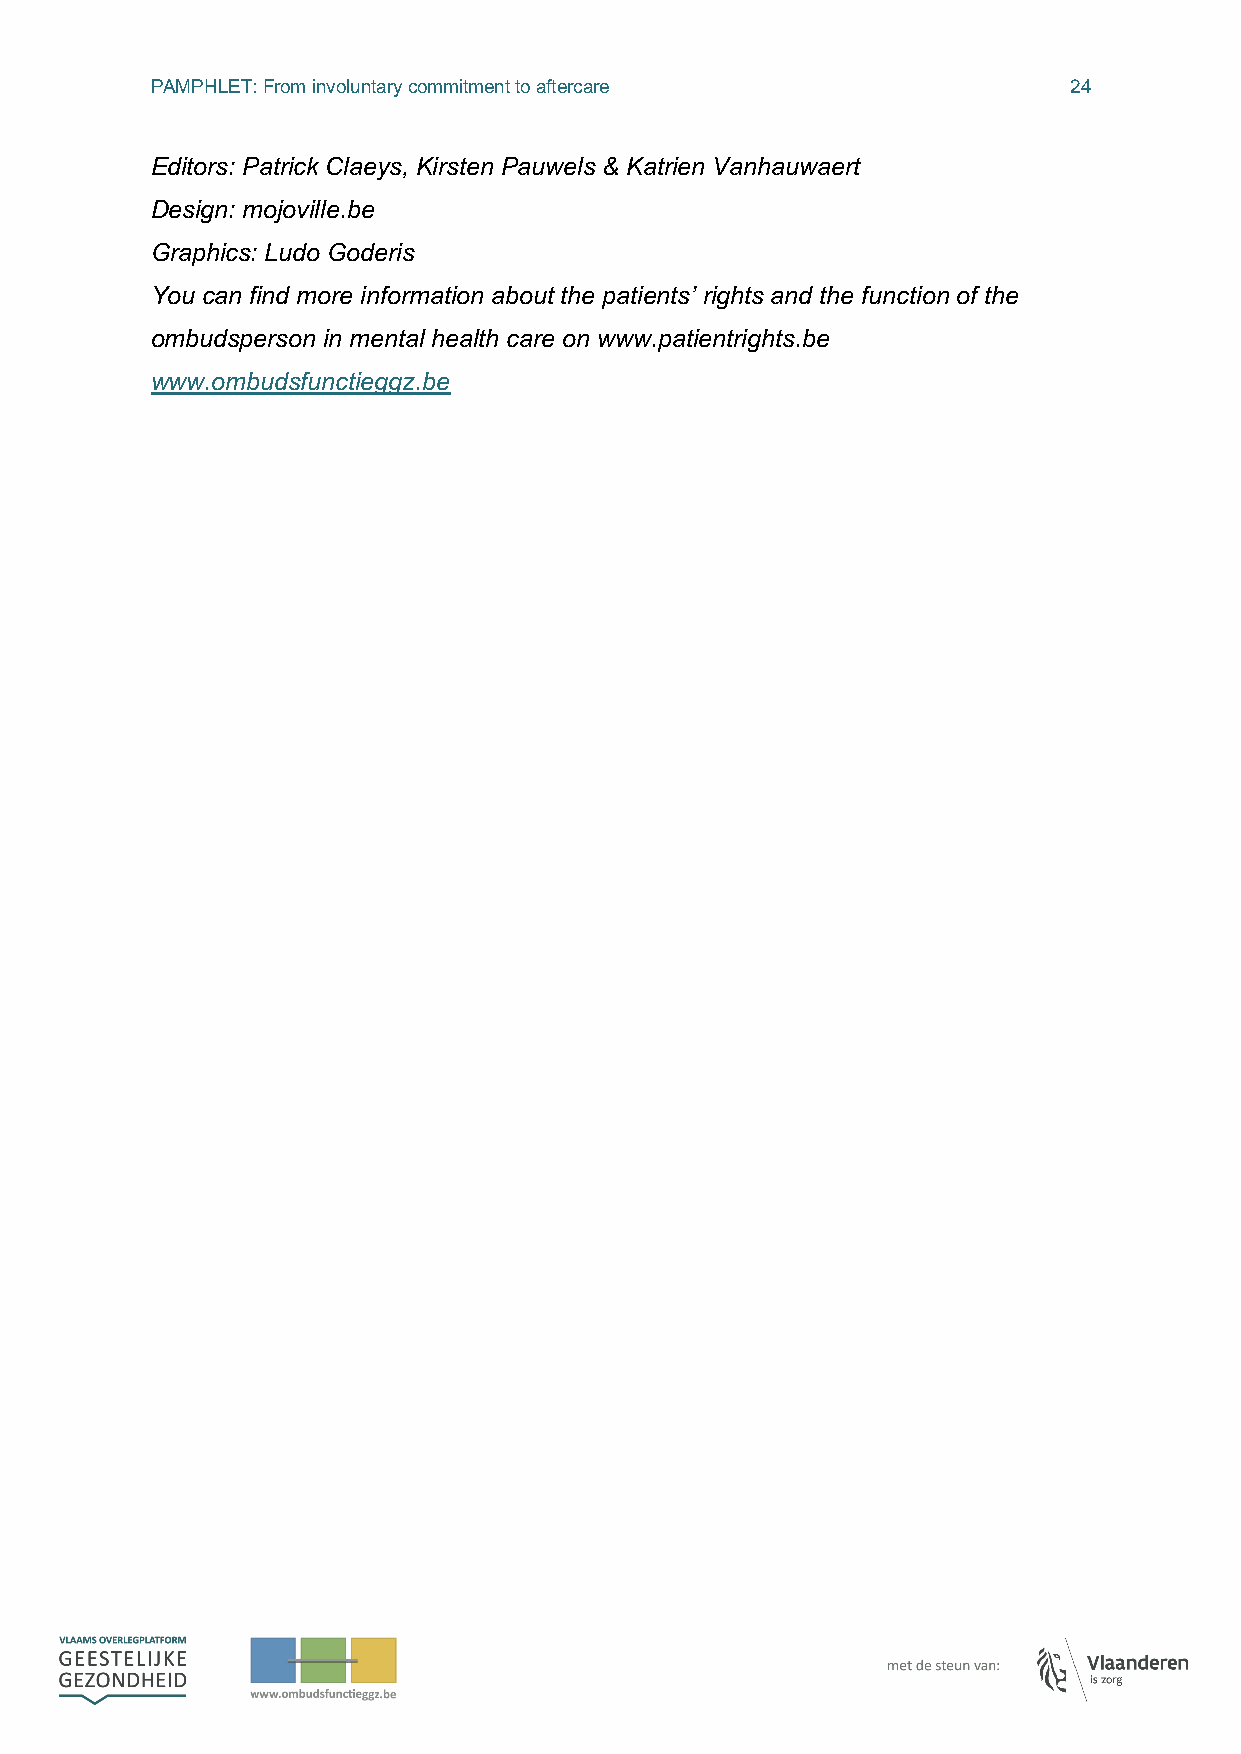
PAMPHLET: From involuntary commitment to aftercare           24
 Editors: Patrick Claeys, Kirsten Pauwels & Katrien Vanhauwaert
 Design: mojoville.be
 Graphics: Ludo Goderis
 You can find more information about the patients’ rights and the function of the
 ombudsperson in mental health care on www.patientrights.be
 www.ombudsfunctieggz.be